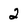
Character: 2